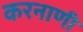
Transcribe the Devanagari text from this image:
करनाणी